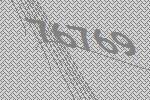
76769